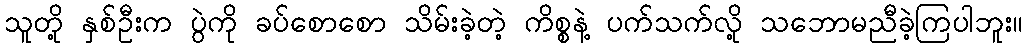
သူတို့ နှစ်ဦးက ပွဲကို ခပ်စောစော သိမ်းခဲ့တဲ့ ကိစ္စနဲ့ ပက်သက်လို့ သဘောမညီခဲ့ကြပါဘူး။